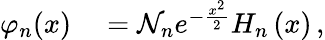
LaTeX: \begin{array}{rl}{\varphi_{n}(x)}&{{}=\mathcal{N}_{n}e^{-\frac{x^{2}}{2}}H_{n}\left(x\right)\, ,}\end{array}